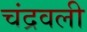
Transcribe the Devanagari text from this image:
चंद्रवली